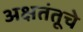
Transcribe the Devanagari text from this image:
अक्षतंतूचे